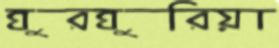
ঘুরঘুরিয়া